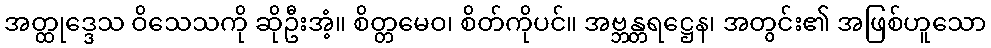
အတ္ထုဒ္ဒေသ ဝိသေသကို ဆိုဦးအံ့။ စိတ္တမေဝ၊ စိတ်ကိုပင်။ အဗ္ဘန္တရဋ္ဌေန၊ အတွင်း၏ အဖြစ်ဟူသော